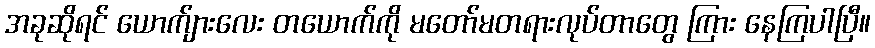
အခုဆိုရင် ယောက်ျားလေး တယောက်ကို မတော်မတရားလုပ်တာတွေ ကြား နေကြပါပြီ။